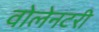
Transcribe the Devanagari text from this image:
वोलेनटरी